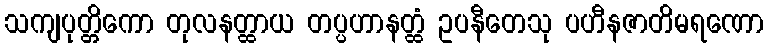
သကျပုတ္တိကော တုလနတ္ထာယ တပ္ပဟာနတ္ထံ ဥပနီတေသု ပဟီနဇာတိမရဏော